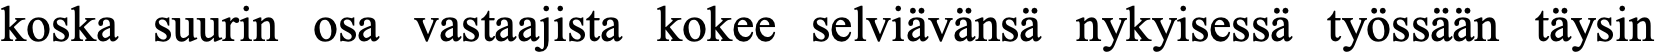
koska suurin osa vastaajista kokee selviävänsä nykyisessä työssään täysin